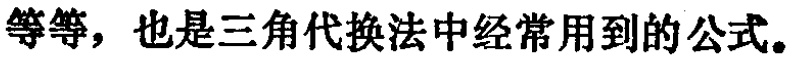
等等，也是三角代换法中经常用到的公式。